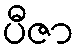
ပီဇာ